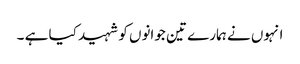
انہوں نے ہمارے تین جوانوں کو شہید کیا ہے ۔